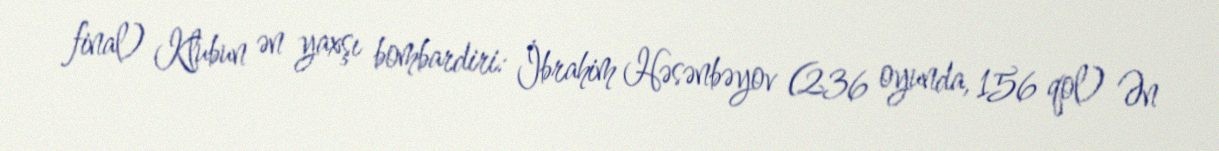
final) Klubun ən yaxşı bombardiri: İbrahim Həsənbəyov (236 oyunda, 156 qol) Ən